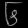
Digit: ၆